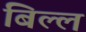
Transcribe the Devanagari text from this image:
बिल्ल